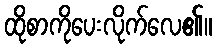
ထိုစာကိုပေးလိုက်လေ၏။